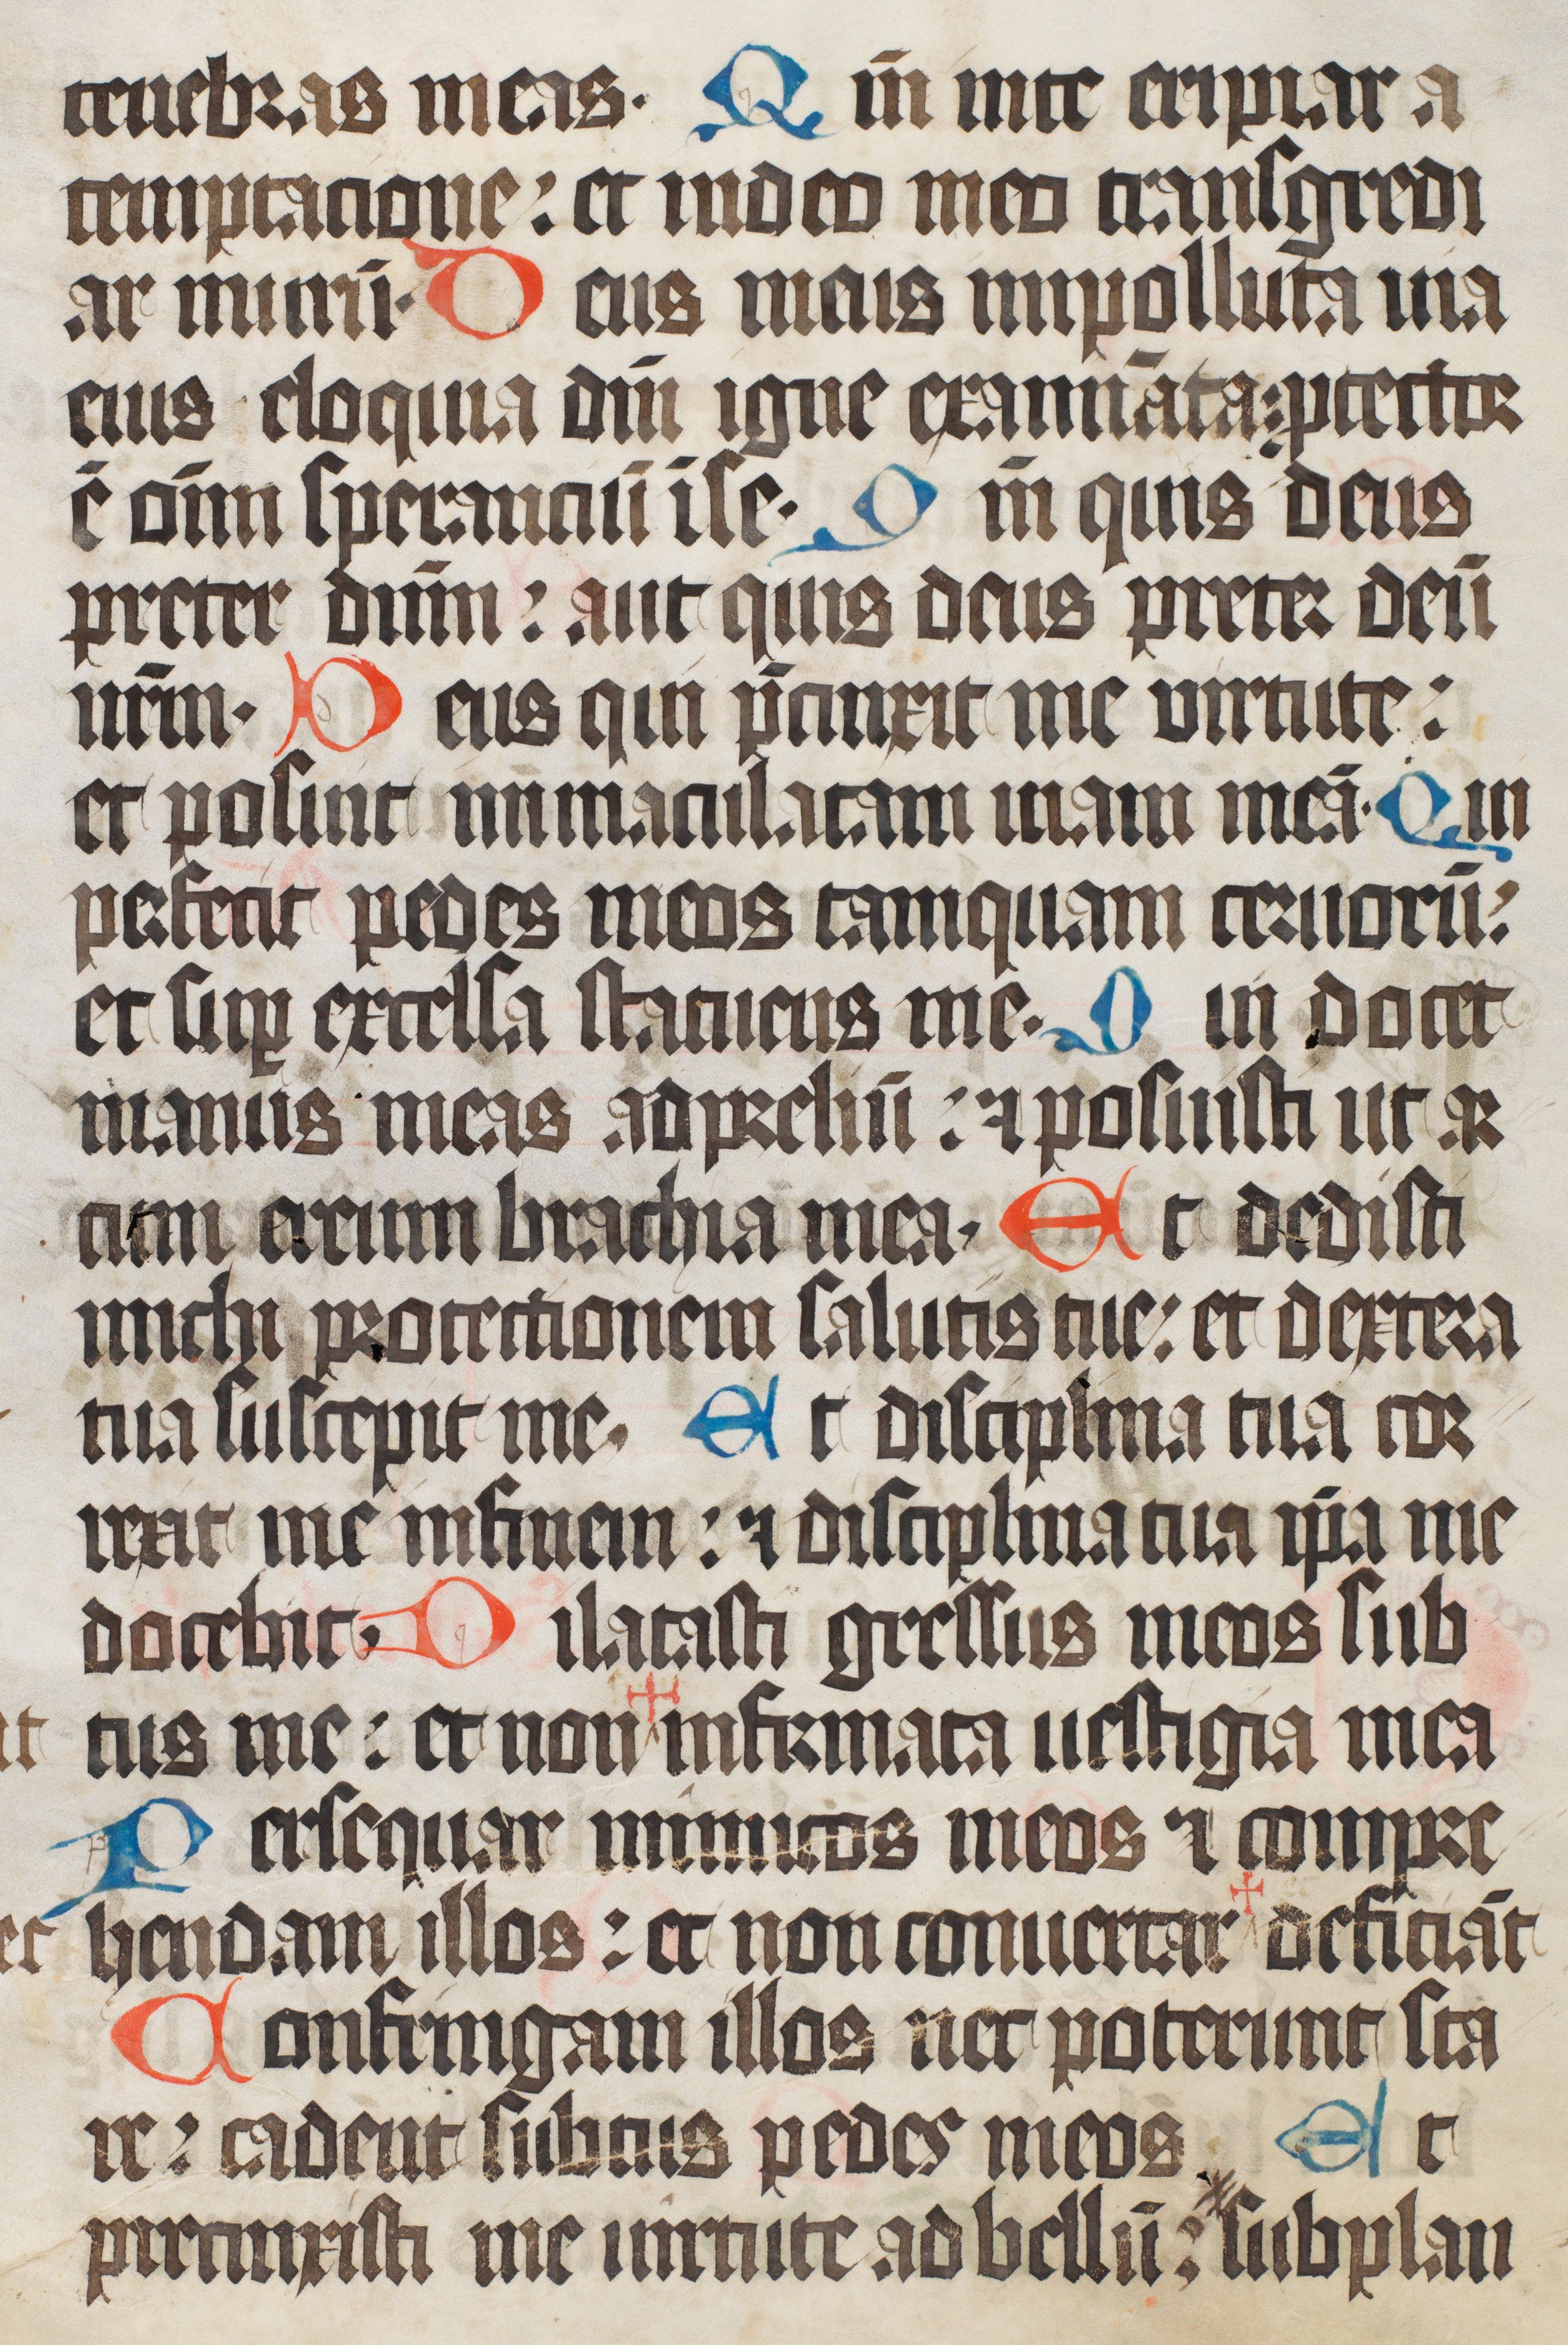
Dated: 1400–1499